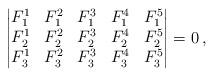
LaTeX: \begin{align*}\begin{vmatrix}F_1^1 & F_1^2 & F_1^3 & F_1^4 & F_1^5 \\ F_2^1 & F_2^2 & F_2^3 & F_2^4 & F_2^5 \\ F_3^1 & F_3^2 & F_3^3 & F_3^4 & F_3^5 \end{vmatrix} = 0 \, , \end{align*}